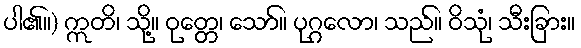
ပါ၏။) ဣတိ၊ သို့။ ဝုတ္တေ၊ သော်။ ပုဂ္ဂလော၊ သည်။ ဝိသုံ၊ သီးခြား။